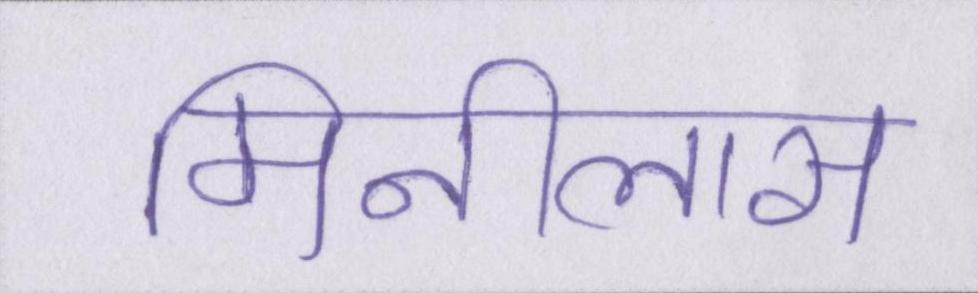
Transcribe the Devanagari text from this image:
मिनीलास